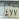
٤ ٧ ٧